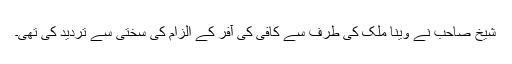
شیخ صاحب نے وینا ملک کی طرف سے کافی کی آفر کے الزام کی سختی سے تردید کی تھی۔